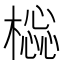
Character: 𣛚